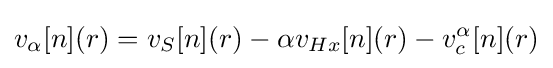
v_{\alpha }[n](r)=v_{S}[n](r)-\alpha v_{Hx}[n](r)-v_{c}^{\alpha }[n](r)